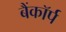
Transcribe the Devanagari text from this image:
बैंकॉर्प